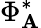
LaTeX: \Phi_{\mathbf{A}}^{*}